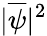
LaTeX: |\overline{{\psi}}|^{2}